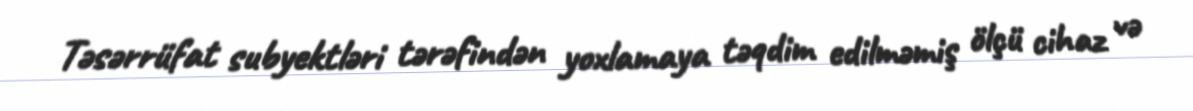
Təsərrüfat subyektləri tərəfindən yoxlamaya təqdim edilməmiş ölçü cihaz və